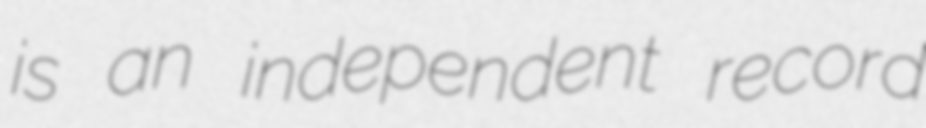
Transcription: is an independent record